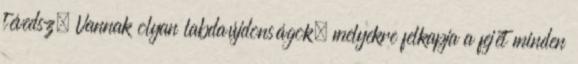
tévedsz. Vannak olyan labdaújdonságok, melyekre felkapja a fejét minden